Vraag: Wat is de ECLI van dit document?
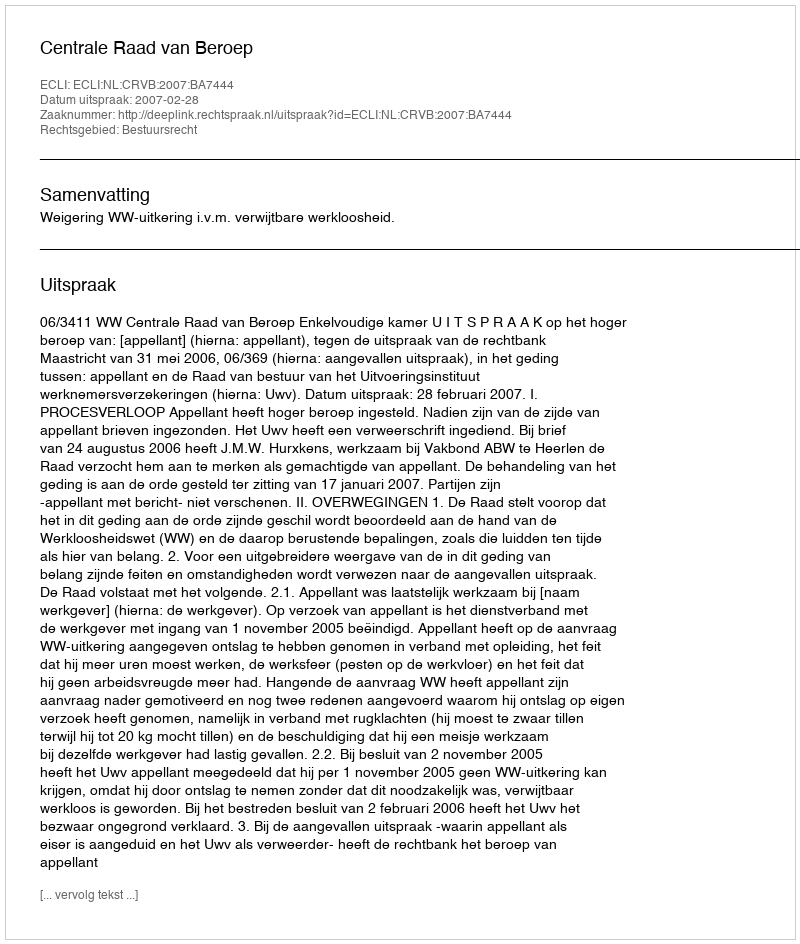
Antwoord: ECLI:NL:CRVB:2007:BA7444